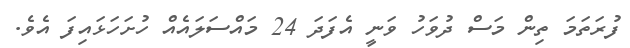
ފުރަތަމަ ތިން މަސް ދުވަހު ވަނީ އެފަދަ 24 މައްސަލައެއް ހުށަހަޅައިފަ އެވެ.